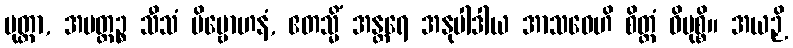
မုတ္တာ, အပတ္တဉ္စ သီသံ ဗိမ္ဗောဟနံ, ဧတသ္မိံ အန္တရေ အနုပါဒါယ အာသဝေဟိ စိတ္တံ ဝိမုစ္စိ။ အယဉှိ